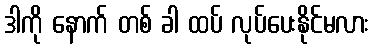
ဒါကို နောက် တစ် ခါ ထပ် လုပ်ပေးနိုင်မလား